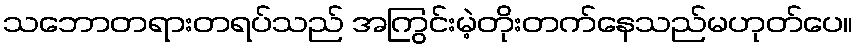
သဘောတရားတရပ်သည် အကြွင်းမဲ့တိုးတက်နေသည်မဟုတ်ပေ။